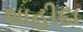
શાહીદા